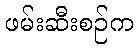
ဖမ်းဆီးစဉ်က